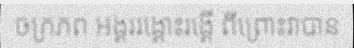
ចក្រភព អង្គររង្គោះរង្គើ ពីព្រោះវាបាន